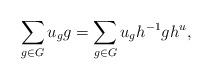
LaTeX: \begin{align*} \sum_{g \in G} u_g g = \sum_{g \in G} u_g h^{-1}gh^u, \end{align*}